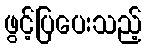
ဖွင့်ပြပေးသည့်